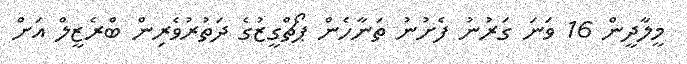
މީލާދީން 16 ވަނަ ގަރުނު ފެށުނު ތަނާހެން ޕޯޗްގީޒުގެ ދަތުރުވެރިން ބްރެޒީލް އަށް